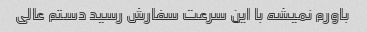
باورم نمیشه با این سرعت سفارش رسید دستم عالی